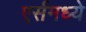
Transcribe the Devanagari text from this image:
एर्समध्ये